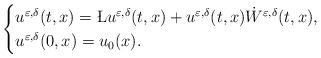
LaTeX: \begin{align*}\begin{cases}u^{\varepsilon, \delta}(t,x)=\L u^{\varepsilon, \delta}(t,x)+u^{\varepsilon, \delta}(t,x)\dot W^{\varepsilon, \delta}(t,x),\\u^{\varepsilon,\delta}(0,x)=u_0(x).\end{cases}\end{align*}